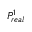
P _ { r e a l } ^ { 1 }